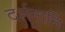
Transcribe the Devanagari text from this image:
दर्शनानि